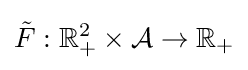
{\tilde {F}}:\mathbb {R} _{+}^{2}\times {\mathcal {A}}\to \mathbb {R} _{+}